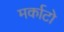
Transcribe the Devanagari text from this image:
मर्काटो